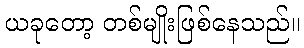
ယခုတော့ တစ်မျိုးဖြစ်နေသည်။